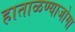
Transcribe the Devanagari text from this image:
हाताळण्याजोगा